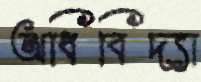
অধিবিদ্যা